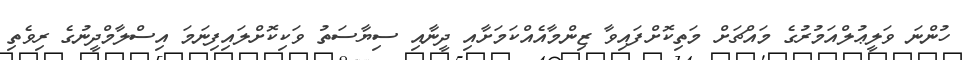
ހުންނަ ވަލީޢުލްއަމުރުގެ މައްޗަށް މަތިކޮށްފައިވާ ޒިންމާއެއްކަމަށާއި ދީނާއި ސިޔާސަތު ވަކިކޮށްލައިފިނަމަ އިސްލާމްދީނުގެ ރިވެތި